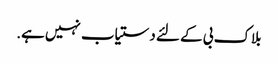
بلاک بی کے لئے دستیاب نہیں ہے.